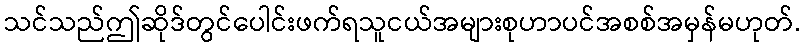
သင်သည်ဤဆိုဒ်တွင်ပေါင်းဖက်ရသူငယ်အများစုဟာပင်အစစ်အမှန်မဟုတ်.